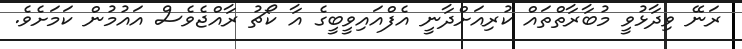
ރަނޭ ވިދާޅުވީ މުބާރާތްތައް ކުރިއަށްދާނީ އެފްއައިވީބީގެ އާ ކޯޗު ރާއްޖެވެސް އައުމުން ކަމަށެވެ.